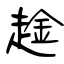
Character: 趛